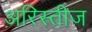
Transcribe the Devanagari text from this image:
अरिस्तीज